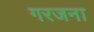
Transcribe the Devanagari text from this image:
गरजना